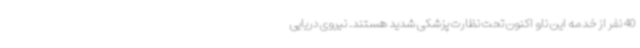
40 نفر از خدمه این ناو اکنون تحت نظارت پزشکی شدید هستند. نیروی دریایی